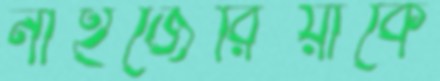
নাইজেরিয়াকে